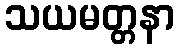
သယမတ္တနာ